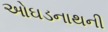
ઓઘડનાથની